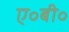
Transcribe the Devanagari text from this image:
ए॰बी॰